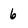
Character: 6